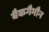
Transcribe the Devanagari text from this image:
बैकगैमौन